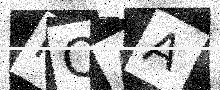
Text: FQAA